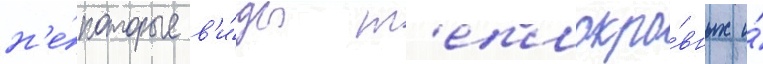
н'е́которые в'и́ды т'еплокро́вных и́